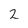
Character: 2